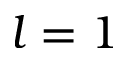
l = 1